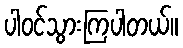
ပါဝင်သွားကြပါတယ်။